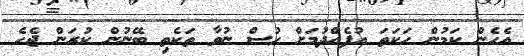
އެހެން ކަމުން ހަކަތަ އުފެއްދުމަށް ހުސް ނުވާ ތަކެތި ބޭނުން ކުރަން ޖެހެ